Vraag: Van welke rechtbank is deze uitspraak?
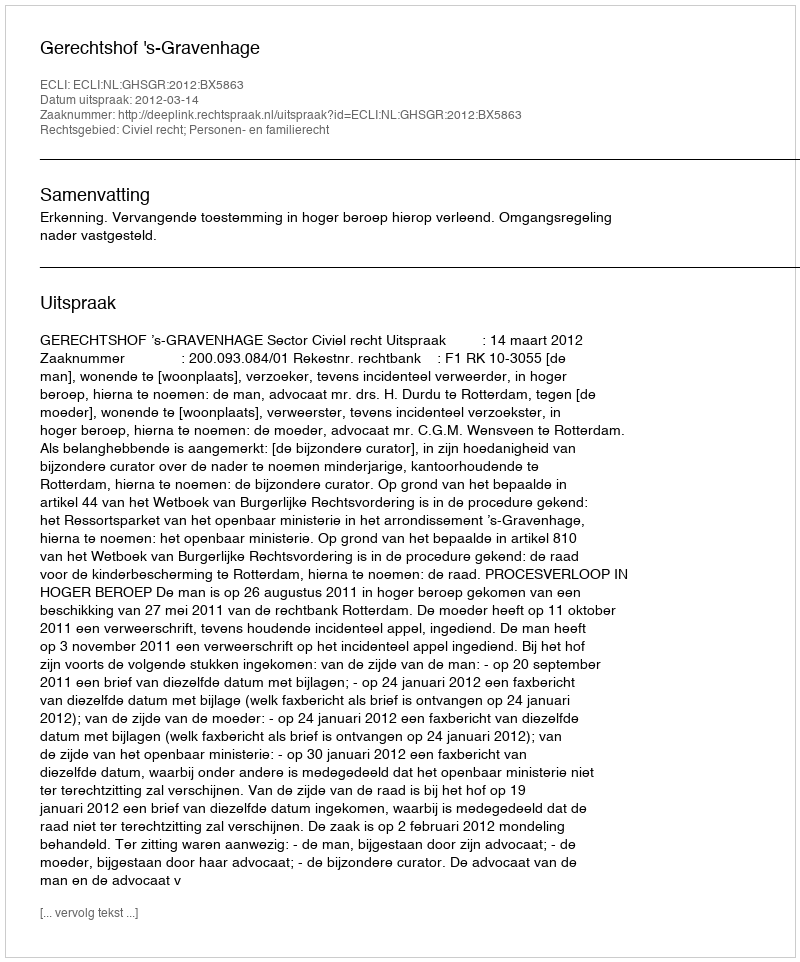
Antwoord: Gerechtshof 's-Gravenhage